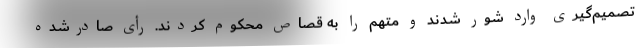
تصمیم‌گیری وارد شور شدند و متهم را به قصاص محکوم کردند. رأی صادرشده